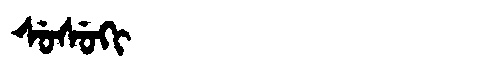
Manchu: ᠰᡠᠰᡠᡴᡳ
Romanization: SUSUKI